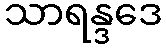
သာရန္ဒဒေ